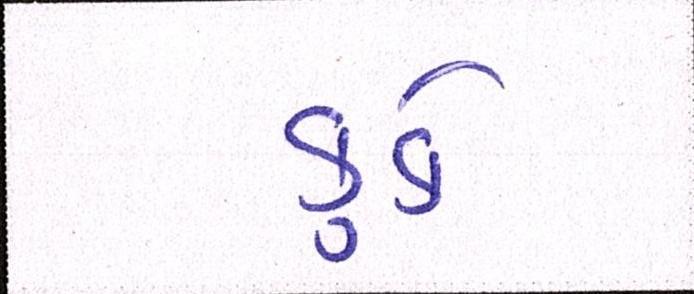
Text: કુકે